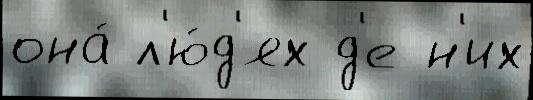
она́ л'ю́д'ях д'е н'их